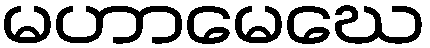
မဟာမေဃေ